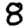
Digit: 8